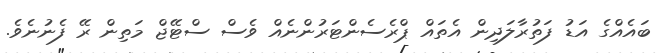
ބައެއްގެ އަޑު ފަތުރާލަދިން އެތައް ޕްރެސެންޓަރުންނެއް ވެސް ސްޓޭޖް މަތިން ރޭ ފެނުނެވެ.